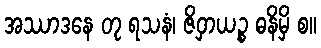
အဿာဒနေ တု ရသနံ၊ ဇိဝှာယဉ္စ ဓနိမှိ စ။